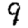
Digit: 9